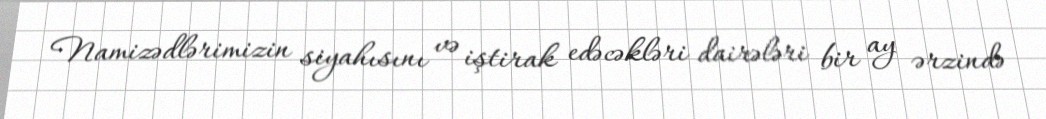
Namizədlərimizin siyahısını və iştirak edəcəkləri dairələri bir ay ərzində